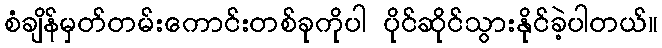
စံချိန်မှတ်တမ်းကောင်းတစ်ခုကိုပါ ပိုင်ဆိုင်သွားနိုင်ခဲ့ပါတယ်။